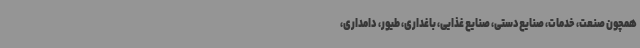
همچون صنعت، خدمات، صنایع‌دستی، صنایع غذایی، باغداری، طیور، دامداری،